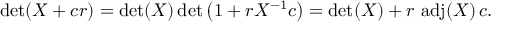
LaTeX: \operatorname* { d e t } ( X + c r ) = \operatorname* { d e t } ( X ) \operatorname* { d e t } \left( 1 + r X ^ { - 1 } c \right) = \operatorname* { d e t } ( X ) + r \, \operatorname { a d j } ( X ) \, c .